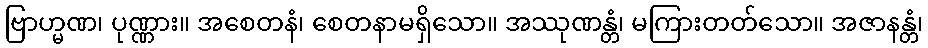
ဗြာဟ္မဏ၊ ပုဏ္ဏား။ အစေတနံ၊ စေတနာမရှိသော။ အဿုဏန္တံ၊ မကြားတတ်သော။ အဇာနန္တံ၊